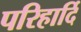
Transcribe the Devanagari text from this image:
परिहार्दि